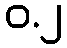
ဝ.၂